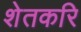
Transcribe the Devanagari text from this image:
शेतकरि